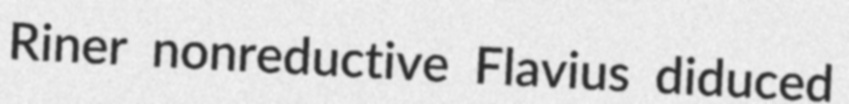
Riner nonreductive Flavius diduced